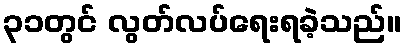
၃၁တွင် လွတ်လပ်ရေးရခဲ့သည်။